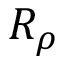
R _ { \rho }